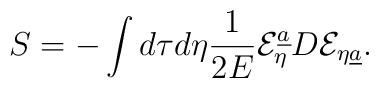
S=-\int d\tau d\eta{1\over{2E}}{\cal E}_{\eta}^{\underline a}D{\cal E}_{\eta\underline a}.